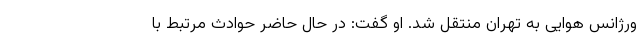
ورژانس هوایی به تهران منتقل شد. او گفت: در حال حاضر حوادث مرتبط با